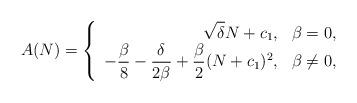
LaTeX: \begin{align*}A(N) &= \left\{ \begin{array}{rl}\displaystyle{\sqrt{\delta}N + c_1},& \beta=0,\\\displaystyle{-\frac{\beta}{8}-\frac{\delta}{2\beta}+\frac{\beta}{2}(N+c_{1})^{2}},& \beta\neq 0,\end{array} \right.\end{align*}